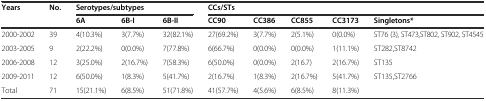
| <ROWSPAN=2> Years | <ROWSPAN=2> No. | <COLSPAN=3> Serotypes/subtypes | <COLSPAN=5> CCs/STs |
 | 6A | 6B-I | 6B-II | CC90 | CC386 | CC855 | CC3173 | Singletons* |
 | --- | --- | --- | --- | --- | --- | --- | --- | --- | --- |
 | 2000-2002 | 39 | 4(10.3%) | 3(7.7%) | 32(82.1%) | 27(69.2%) | 3(7.7%) | 2(5.1%) | 0(0.0%) | ST76 (3), ST473,ST802, ST902, ST4545 |
 | 2003-2005 | 9 | 2(22.2%) | 0(0.0%) | 7(77.8%) | 6(66.7%) | 0(0.0%) | 0(0.0%) | 1(11.1%) | ST282,ST8742 |
 | 2006-2008 | 12 | 3(25.0%) | 2(16.7%) | 7(58.3%) | 6(50.0%) | 0(0.0%) | 2(16.7) | 2(16.7%) | ST135 |
 | 2009-2011 | 12 | 6(50.0%) | 1(8.3%) | 5(41.7%) | 2(16.7%) | 1(8.3%) | 2(16.7%) | 5(41.7%) | ST135,ST2766 |
 | Total | 71 | 15(21.1%) | 6(8.5%) | 51(71.8%) | 41(57.7%) | 4(5.6%) | 6(8.5%) | 8(11.3%) |  |